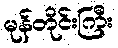
မုန်တိုင်းကြီး